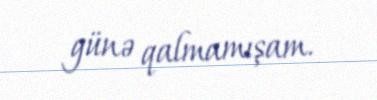
günə qalmamışam.